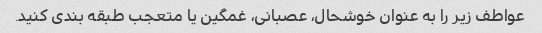
عواطف زیر را به عنوان خوشحال، عصبانی، غمگین یا متعجب طبقه بندی کنید.